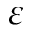
\varepsilon